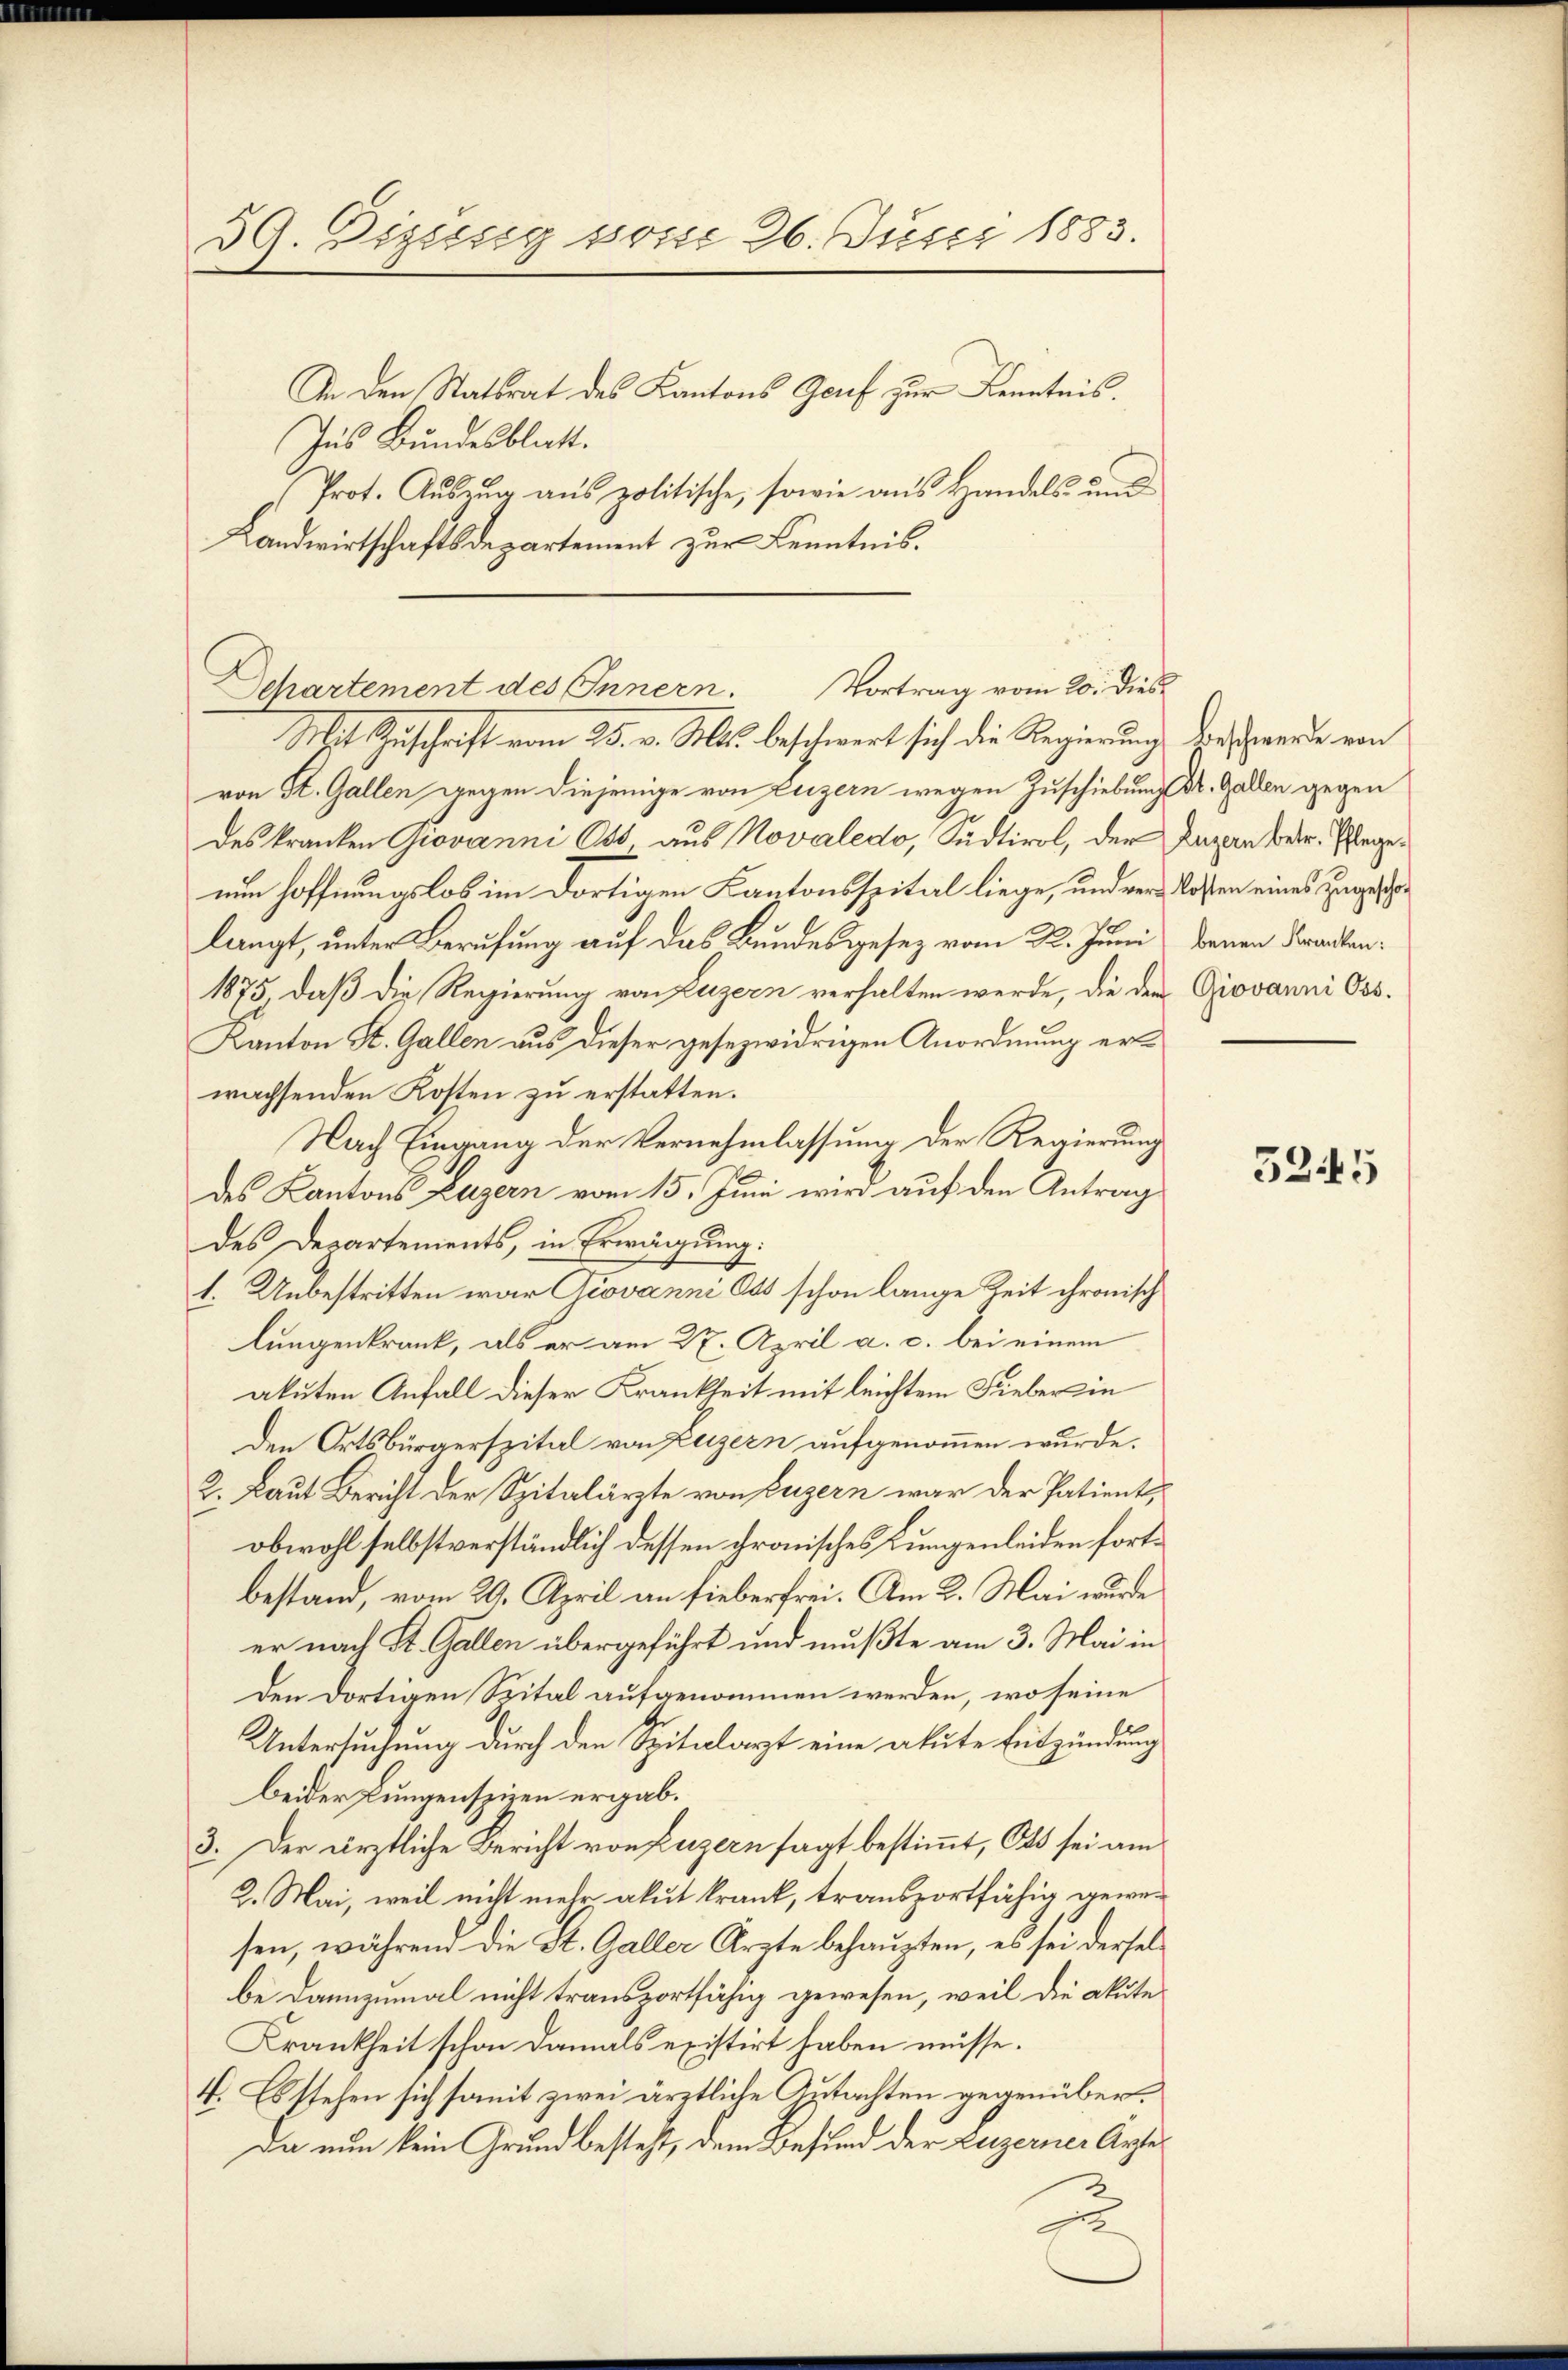
39. Dizung vom 26. Juni 1883.
In den Statsrat des Kantons Genf zur Kenntnis.
Ins Bundesblatt.
Prot. Auszug aus politische, sowie aus Handels- und
Landwirtschaftsdepartement zur Kenntnis.

Departement des Innern. Vortrag vom 20. dies
Mit Zuschrift vom 25. v. Mts. beschwert sich die Regierung des werde von

von St. Gallen gegen diejenige von Luzern wegen Zuschiebung Dr. Gallen gegen
des kranken Giovanni Oss, aus Novaledo, Südtirol, der
nun hoffnungslos im dortigen Kantonsspital liege, und verlangt, unter Berufung auf das Bundesgesez vom 22. Juni
1875, daß die Regierung von Luzern verhalten werde, die dem
Kanton St. Gallen aus dieser gesezwidrigen Anordnung erwachsenden Kosten zu erstatten.
Nach Eingang der Vernehmlassung der Regierung
des Kantons Luzern vom 15. Juni wird auf den Antrag
des Departements, in Erwägung:
1. Unbestritten war Giovanni Ots schon lange Zeit chronisch
lungenkrank, als er am 27. April a. c. bei einem
akuten Anfall dieser Krankheit mit leichtem Fieber in
Den Ortsbürgerspital von Luzern aufgenommen wurde.
2. Laut Bericht der Spitalärzte von Luzern war der Patient,
obwohl selbstverständlich dessen Fronisches Lungenleiden fortbestand, vom 29. April an sieberfrei. Am 2. Mai wurde
er nach St. Gallen übergeführt und mußte am 3. Mai in
den dortigen Spital aufgenommen werden, wo seine
Untersuchung durch den Spitalarzt eine akute Entzündung
beider Lungenspiren ergab.
3. Der ärztliche Bericht von Luzern sagt bestimmt, Ots sei am
2. Mai, weil nicht mehr akut krank, transportfähig gewesen, während die St. Galler Ärzte behaupten, es sei derselbe dannzumal nicht transportfähig gewesen, weil die akute
Krankheit schon damals existirt haben müsse.
4. Es stehen sich somit zwei ärztliche Gutachten gegenüber¬
Da nun kein Grund besteht, dem Besund der Luzerner Ärztes
z

Luzern betr. Pflege.
kosten eines zugeschobenen Kranken:
Giovanni Oss.

525